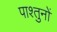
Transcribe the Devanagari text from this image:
पाश्तुनों